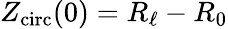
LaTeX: Z_{\mathrm{circ}}(0)=R_{\ell}-R_{0}